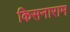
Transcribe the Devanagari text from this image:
किसनाराम